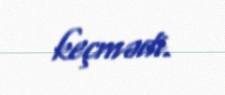
keçmədi.